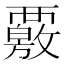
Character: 覈